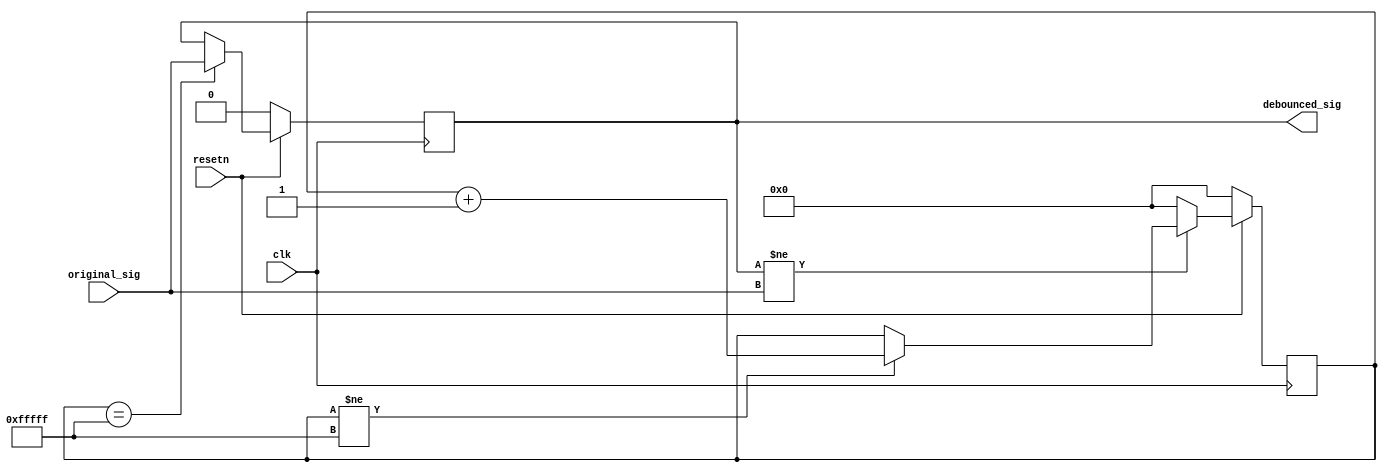
module debouncer # (
    parameter cnt_depth = 1048576
) (
    input  clk,
    input  resetn,

    input  original_sig,    // original signal
    output debounced_sig    // debounced signal
);

localparam cnt_width = $clog2(cnt_depth);

reg  [cnt_width:0] counter;

reg  reg_sig;
always @(posedge clk) begin
    if (~resetn) begin
        reg_sig <= 1'b0;
    end else if (counter == cnt_depth - 1) begin
        reg_sig <= original_sig;
    end
end
assign debounced_sig = reg_sig;

// way 1
always @(posedge clk) begin
    if (~resetn) begin
        counter <= 0;
    end else if (reg_sig != original_sig) begin
        if (counter != cnt_depth - 1) begin
            counter <= counter + 1;
        end
    end else begin
        counter <= 0;
    end
end

// way 2
// always @(posedge clk) begin
//     if (~resetn) begin
//         counter <= 0;
//     end else if (counter == 0) begin
//         if (reg_sig != original_sig) begin
//             counter <= 1;
//         end
//     end else begin
//         if (counter == cnt_depth - 1) begin
//             counter <= 0;
//         end else begin
//             counter <= counter + 1;
//         end
//     end
// end

endmodule